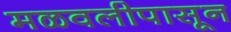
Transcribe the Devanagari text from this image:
मळवलीपासून